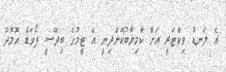
އެ ލަނޑު ވިކްޓަރީ އަށް ކާމިޔާބުކޮށްދިނީ އެ ޓީމުގެ ބިދޭސީ ފޯވަޑް އޮމޮދޫ